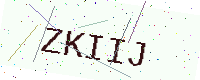
Text: ZKIIJ